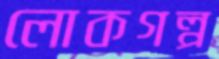
লোকগল্প